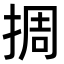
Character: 㨄